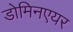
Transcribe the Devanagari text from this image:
डोमिनएयर